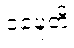
ဝဍ္ဎေတိ